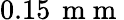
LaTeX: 0.15\, \mathrm{~m~m~}